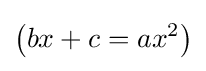
\left(bx+c=ax^{2}\right)